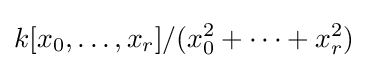
k[x_{0},\dots ,x_{r}]/(x_{0}^{2}+\dots +x_{r}^{2})